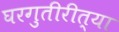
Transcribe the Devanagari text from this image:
घरगुतीरीत्या